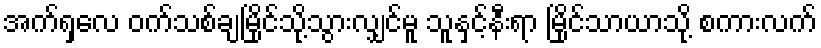
အက်ရှလေ ဝက်သစ်ချမြိုင်သို့သွားလျှင်မူ သူနှင့်နီးရာ မြိုင်သာယာသို့ စကားလက်